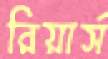
রিয়ার্স